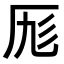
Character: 𠩇